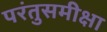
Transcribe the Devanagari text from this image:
परंतुसमीक्षा